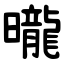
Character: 曨